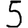
Digit: 5